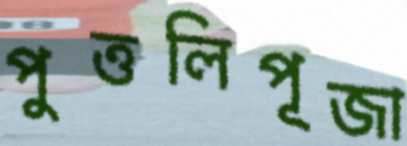
পুত্তলিপূজা